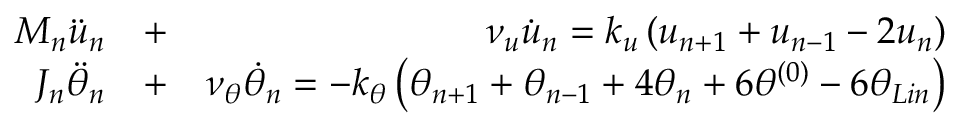
\begin{array} { r l r } { { { M } _ { n } } { { \ddot { u } } _ { n } } } & { { } + } & { \nu _ { u } \dot { u } _ { n } = { { k } _ { u } } \left( { { u } _ { n + 1 } } + { { u } _ { n - 1 } } - 2 { { u } _ { n } } \right) } \\ { { { J } _ { n } } { { \ddot { \theta } } _ { n } } } & { { } + } & { \nu _ { \theta } \dot { \theta } _ { n } = - { { k } _ { \theta } } \left( { { \theta } _ { n + 1 } } + { { \theta } _ { n - 1 } } + 4 { { \theta } _ { n } } + 6 { { \theta } ^ { ( 0 ) } } - 6 \theta _ { L i n } \right) } \end{array}